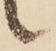
候